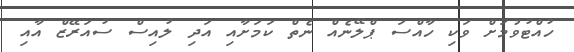
ހުއްޓުވުމަށް ވަކި ހާއްސަ ޕްލޭނެއް ނެތް ކަމަށާއި އަދި ލުއިސް ސުއަރޭޒް އާއި